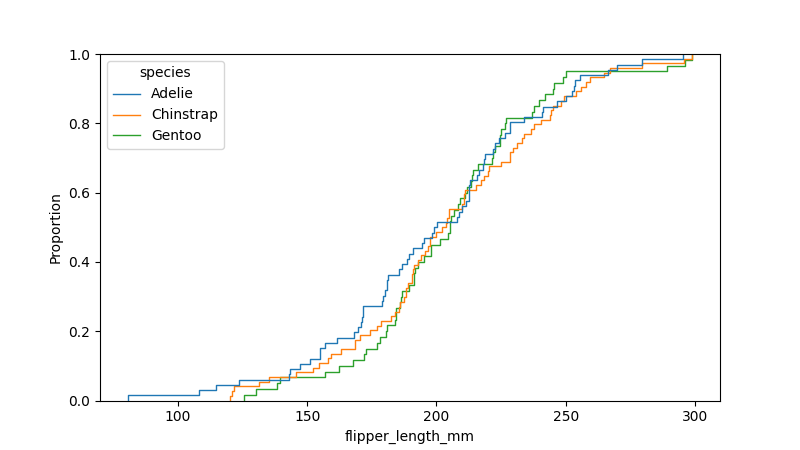
python, seaborn, ecdfplot, column='flipper_length_mm', hue='species', stat='proportion', linewidth=1.0